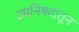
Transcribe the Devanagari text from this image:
उपनिषदातून